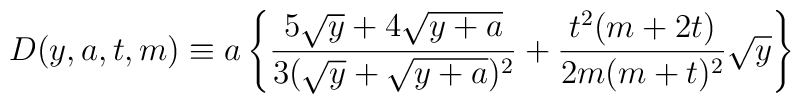
D(y,a,t,m)\equiv a\left\{\frac {5\sqrt y+4\sqrt {y+a}}{3(\sqrt y+\sqrt {y+a})^2}+\frac {t^2(m+2t)}{2m(m+t)^2}\sqrt y\right\}